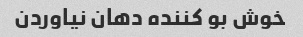
خوش بو کننده دهان نیاوردن